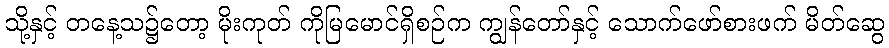
သို့နှင့် တနေ့သ၌တော့ မိုးကုတ် ကိုမြမောင်ရှိစဉ်က ကျွန်တော်နှင့် သောက်ဖော်စားဖက် မိတ်ဆွေ